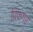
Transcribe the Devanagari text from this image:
पिफंगर